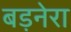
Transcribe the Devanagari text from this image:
बड़नेरा